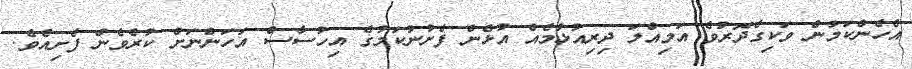
އެހެންކަމުން ވަކިގެދޮރުވެ އަމިއްލަ ދިރިއުޅުމެއް އުޅެން ފެށުނުކަމުގެ އިހުސާސް އަހަންނަށް ކުރެވެން ފެށިއެވެ.